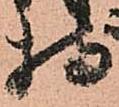
持